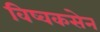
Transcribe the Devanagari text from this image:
विष्वकसेन